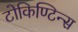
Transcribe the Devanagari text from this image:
टोकिण्टिन्स